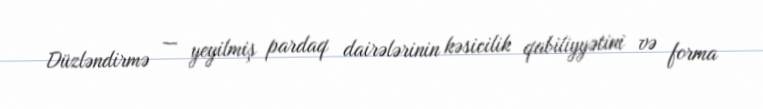
Düzləndirmə — yeyilmiş pardaq dairələrinin kəsicilik qabiliyyətini və forma